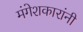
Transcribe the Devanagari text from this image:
मंगेशकारांनी